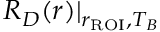
R _ { D } ( r ) \rvert _ { r _ { \mathrm { R O I } } , T _ { B } }